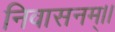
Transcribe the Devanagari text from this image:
निवासनम्।।